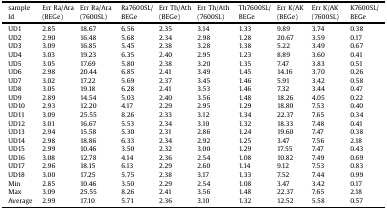
<table><thead><tr><td><b>sample Id</b></td><td><b>Err Ra/Ara (BEGe)</b></td><td><b>Err Ra/Ara (7600SL)</b></td><td><b>Ra7600SL/BEGe</b></td><td><b>Err Th/Ath (BEGe)</b></td><td><b>Err Th/Ath (7600SL)</b></td><td><b>Th7600SL/BEGe</b></td><td><b>Err K/AK (BEGe)</b></td><td><b>Err K/AK (7600SL)</b></td><td><b>K7600SL/BEGe</b></td></tr></thead><tbody><tr><td>UD1</td><td>2.85</td><td>18.67</td><td>6.56</td><td>2.35</td><td>3.14</td><td>1.33</td><td>9.89</td><td>3.74</td><td>0.38</td></tr><tr><td>UD2</td><td>2.90</td><td>16.48</td><td>5.68</td><td>2.34</td><td>2.98</td><td>1.28</td><td>20.67</td><td>3.59</td><td>0.17</td></tr><tr><td>UD3</td><td>3.09</td><td>16.85</td><td>5.45</td><td>2.38</td><td>3.28</td><td>1.38</td><td>5.22</td><td>3.49</td><td>0.67</td></tr><tr><td>UD4</td><td>3.03</td><td>19.23</td><td>6.35</td><td>2.40</td><td>2.95</td><td>1.23</td><td>8.89</td><td>3.60</td><td>0.41</td></tr><tr><td>UD5</td><td>3.05</td><td>17.69</td><td>5.80</td><td>2.38</td><td>3.20</td><td>1.35</td><td>7.47</td><td>3.83</td><td>0.51</td></tr><tr><td>UD6</td><td>2.98</td><td>20.44</td><td>6.85</td><td>2.41</td><td>3.49</td><td>1.45</td><td>14.16</td><td>3.70</td><td>0.26</td></tr><tr><td>UD7</td><td>3.02</td><td>17.22</td><td>5.69</td><td>2.37</td><td>3.45</td><td>1.46</td><td>5.91</td><td>3.42</td><td>0.58</td></tr><tr><td>UD8</td><td>3.05</td><td>19.18</td><td>6.28</td><td>2.41</td><td>3.53</td><td>1.46</td><td>7.32</td><td>3.44</td><td>0.47</td></tr><tr><td>UD9</td><td>2.89</td><td>14.54</td><td>5.03</td><td>2.40</td><td>3.56</td><td>1.48</td><td>18.26</td><td>4.05</td><td>0.22</td></tr><tr><td>UD10</td><td>2.93</td><td>12.20</td><td>4.17</td><td>2.29</td><td>2.95</td><td>1.29</td><td>18.80</td><td>7.53</td><td>0.40</td></tr><tr><td>UD11</td><td>3.09</td><td>25.55</td><td>8.26</td><td>2.33</td><td>3.12</td><td>1.34</td><td>22.37</td><td>7.65</td><td>0.34</td></tr><tr><td>UD12</td><td>3.01</td><td>16.67</td><td>5.53</td><td>2.34</td><td>3.10</td><td>1.32</td><td>18.33</td><td>7.48</td><td>0.41</td></tr><tr><td>UD13</td><td>2.94</td><td>15.58</td><td>5.30</td><td>2.31</td><td>2.86</td><td>1.24</td><td>19.60</td><td>7.47</td><td>0.38</td></tr><tr><td>UD14</td><td>2.98</td><td>18.86</td><td>6.33</td><td>2.34</td><td>2.92</td><td>1.25</td><td>3.47</td><td>7.56</td><td>2.18</td></tr><tr><td>UD15</td><td>2.99</td><td>10.46</td><td>3.50</td><td>2.32</td><td>3.00</td><td>1.29</td><td>17.55</td><td>7.47</td><td>0.43</td></tr><tr><td>UD16</td><td>3.08</td><td>12.78</td><td>4.14</td><td>2.36</td><td>2.54</td><td>1.08</td><td>10.82</td><td>7.49</td><td>0.69</td></tr><tr><td>UD17</td><td>2.96</td><td>18.15</td><td>6.13</td><td>2.29</td><td>2.60</td><td>1.14</td><td>9.12</td><td>7.53</td><td>0.83</td></tr><tr><td>UD18</td><td>3.00</td><td>17.25</td><td>5.75</td><td>2.38</td><td>3.17</td><td>1.33</td><td>7.52</td><td>7.44</td><td>0.99</td></tr><tr><td>Min</td><td>2.85</td><td>10.46</td><td>3.50</td><td>2.29</td><td>2.54</td><td>1.08</td><td>3.47</td><td>3.42</td><td>0.17</td></tr><tr><td>Max</td><td>3.09</td><td>25.55</td><td>8.26</td><td>2.41</td><td>3.56</td><td>1.48</td><td>22.37</td><td>7.65</td><td>2.18</td></tr><tr><td>Average</td><td>2.99</td><td>17.10</td><td>5.71</td><td>2.36</td><td>3.10</td><td>1.32</td><td>12.52</td><td>5.58</td><td>0.57</td></tr></tbody></table>